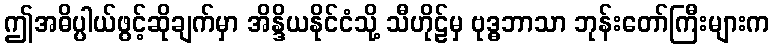
ဤအဓိပ္ပါယ်ဖွင့်ဆိုချက်မှာ အိန္ဒိယနိုင်ငံသို့ သီဟိုဠ်မှ ဗုဒ္ဓဘာသာ ဘုန်းတော်ကြီးများက